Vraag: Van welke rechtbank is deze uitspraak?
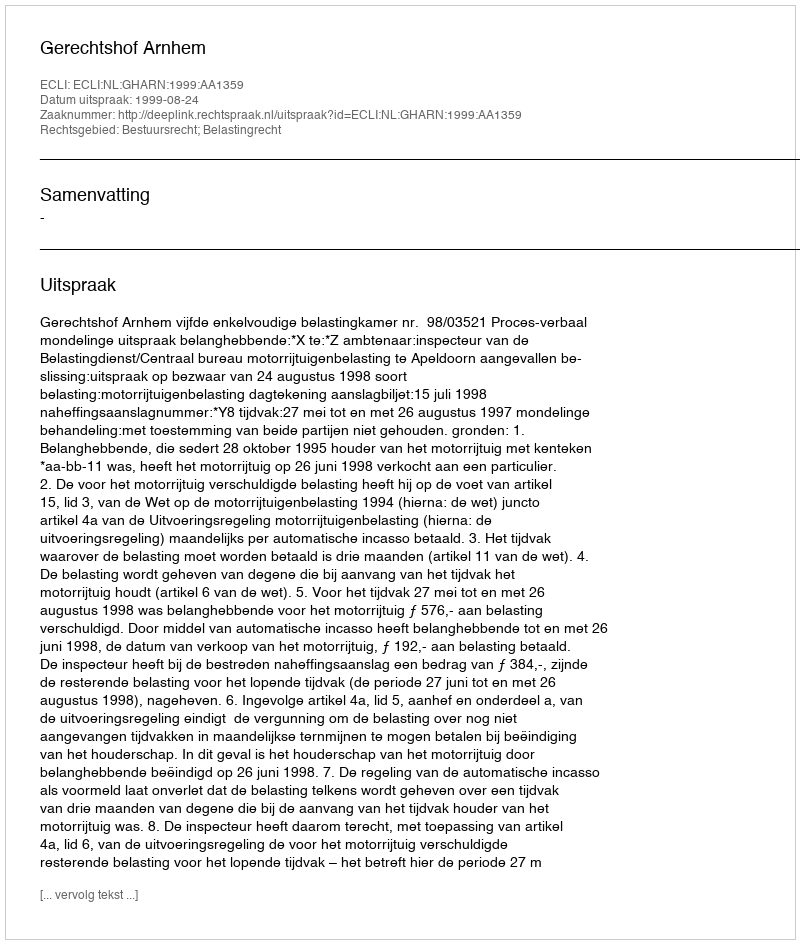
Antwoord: Gerechtshof Arnhem